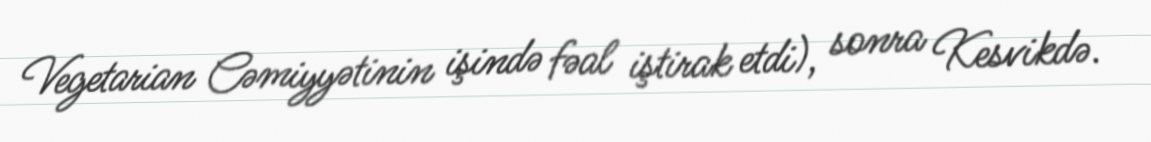
Vegetarian Cəmiyyətinin işində fəal iştirak etdi), sonra Kesvikdə.